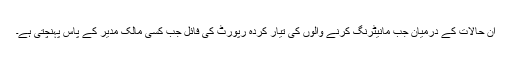
ان حالات کے درمیان جب مانیٹرنگ کرنے والوں کی تیار کردہ رپورٹ کی فائل جب کسی مالک مدیر کے پاس پہنچتی ہے۔